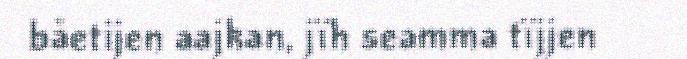
båetijen aajkan, jïh seamma tïjjen